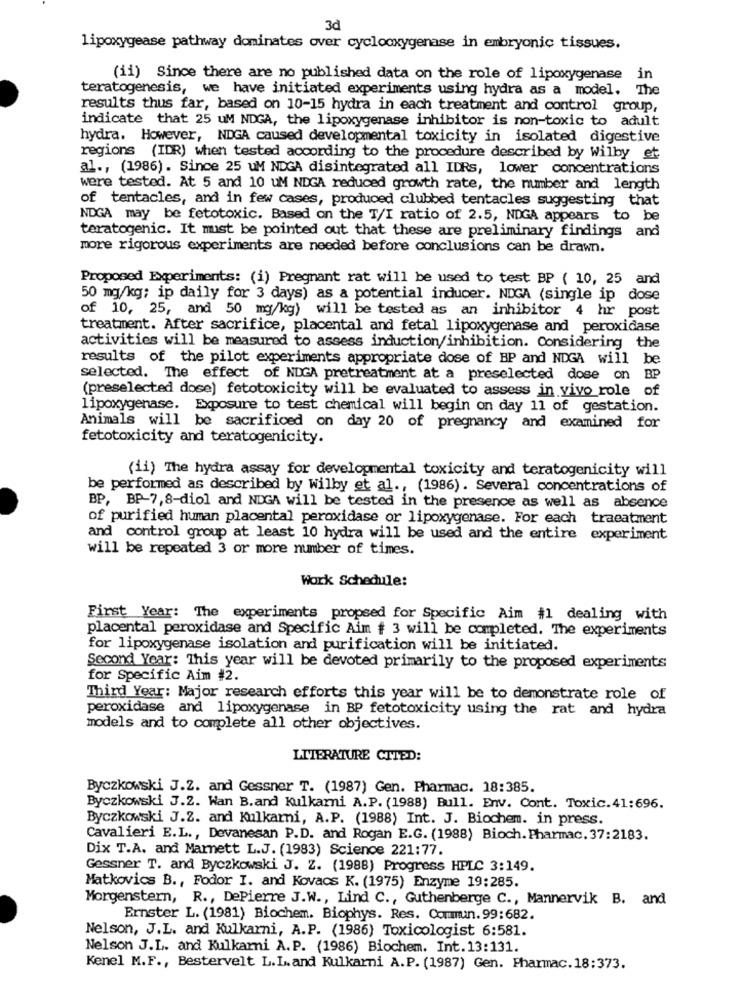
3d
lipoxygease pathway dominates over cyclooxygenase in embryonic tissues.
(ii) Since there are no published data on the role of lipoxygenase in
teratogenesis, we have initiated experiments using hydra as a model. The
results thus far, based on 10-15 hydra in each treatment and control group,
indicate that 25 uM NDGA, the lipoxygenase inhibitor is non-toxic to adult
hydra. However, NDGA caused developmental toxicity in isolated digestive
regions (IDR) when tested according to the procedure described by Wilby et
al ., (1986). Since 25 uM NDGA disintegrated all IDRs, lower concentrations
were tested. At 5 and 10 uM NDGA reduced growth rate, the number and length
of tentacles, and in few cases, produced clubbed tentacles suggesting that
NDGA may be fetotoxic. Based on the T/I ratio of 2.5, NDGA appears to be
teratogenic. It must be pointed out that these are preliminary findings and
more rigorous experiments are needed before conclusions can be drawn.
Proposed Experiments: (i) Pregnant rat will be used to test BP ( 10, 25 and
50 mg/kg; ip daily for 3 days) as a potential inducer. NDGA (single ip dose
of 10, 25, and 50 mg/kg) will be tested as an inhibitor 4 hr post
treatment. After sacrifice, placental and fetal lipoxygenase and peroxidase
activities will be measured to assess induction/inhibition. Considering the
results of the pilot experiments appropriate dose of BP and NDGA will be
selected. The effect of NDGA pretreatment at a preselected dose on BP
(preselected dose) fetotoxicity will be evaluated to assess in vivo role of
lipoxygenase. Exposure to test chemical will begin on day 11 of gestation.
Animals will be sacrificed on day 20 of pregnancy and examined for
fetotoxicity and teratogenicity.
(ii) The hydra assay for developmental toxicity and teratogenicity will
be performed as described by wilby et al ., (1986). Several concentrations of
BP, BP-7,8-diol and NDGA will be tested in the presence as well as absence
of purified human placental peroxidase or lipoxygenase. For each traeatment
and control group at least 10 hydra will be used and the entire experiment
will be repeated 3 or more number of times.
Work Schedule:
First Year: The experiments propsed for Specific Aim #1 dealing with
placental peroxidase and Specific Aim # 3 will be completed. The experiments
for lipoxygenase isolation and purification will be initiated.
Second Year: This year will be devoted primarily to the proposed experiments
for Specific Aim #2.
Third Year: Major research efforts this year will be to demonstrate role of
peroxidase and lipoxygenase in BP fetotoxicity using the rat and hydra
models and to complete all other objectives.
LITERATURE CITED:
Byczkowski J.Z. and Gessner T. (1987) Gen. Pharmac. 18:385.
Byczkowski J.2. Wan B.and Kulkarni A.P. (1988) Bull. Env. Cont. Toxic.41:696.
Byczkowski J.Z. and Kulkarni, A.P. (1988) Int. J. Biochem. in press.
Cavalieri E.L ., Devanesan P.D. and Rogan E.G. (1988) Bioch.Pharmac. 37:2183.
Dix T.A. and Marnett L.J. (1983) Science 221:77.
Gessner T. and Byczkowski J. Z. (1988) Progress HPLC 3:149.
Matkovics B ., Fodor I. and Kovacs K. (1975) Enzyme 19:285.
Morgenstern, R ., DePierre J.W ., Lind C ., Guthenberge C ., Mannervik B. and
Ernster L. (1981) Biochem. Biophys. Res. Commun.99:682.
Nelson, J.L. and Kulkarni, A.P. (1986) Toxicologist 6:581.
Nelson J.L. and Kulkarni A.P. (1986) Biochem. Int. 13:131.
Kenel M.F ., Bestervelt L.L .. and Kulkarni A.P. (1987) Gen. Pharmac.18:373.